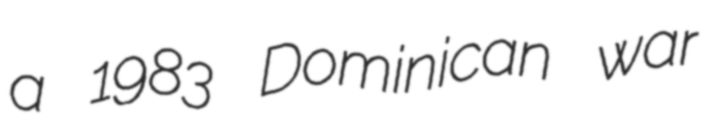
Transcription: a 1983 Dominican war